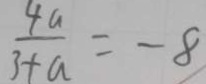
\frac { 4 a } { 3 + a } = - 8